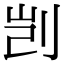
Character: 剀